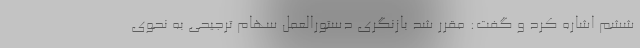
ششم اشاره کرد و گفت: مقرر شد بازنگری دستورالعمل سهام ترجیحی به نحوی